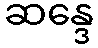
ဆန္ဒေ